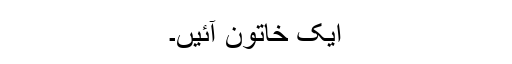
ایک خاتون آئیں‌۔